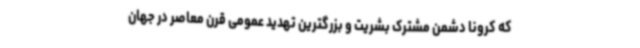
که کرونا دشمن مشترک بشریت و بزرگترین تهدید عمومی قرن معاصر در جهان